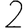
Digit: 2